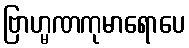
ဗြာဟ္မဏကုမာရောပေ